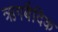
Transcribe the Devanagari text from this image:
ऋगबैदिक